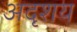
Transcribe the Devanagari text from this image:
अदृशय